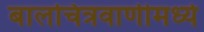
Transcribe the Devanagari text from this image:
बालचित्रवाणीमध्ये